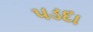
પડદા